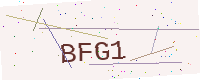
Text: BFG1